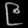
Digit: ၉